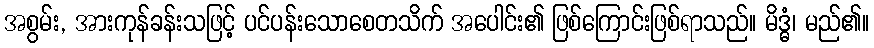
အစွမ်း, အားကုန်ခန်းသဖြင့် ပင်ပန်းသောစေတသိက် အပေါင်း၏ ဖြစ်ကြောင်းဖြစ်ရာသည်။ မိဒ္ဓံ၊ မည်၏။